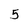
Character: 5